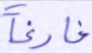
فارغا